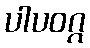
ပါပဝဂ္ဂ